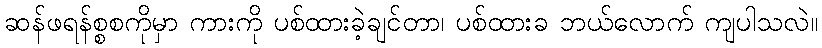
ဆန်ဖရန်စ္စစကိုမှာ ကားကို ပစ်ထားခဲ့ချင်တာ၊ ပစ်ထားခ ဘယ်လောက် ကျပါသလဲ။